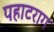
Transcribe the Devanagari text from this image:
पहाटराग